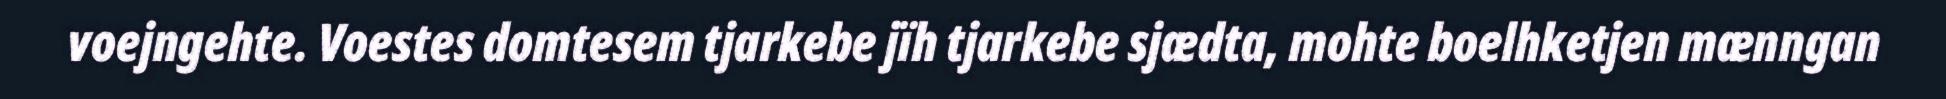
voejngehte. Voestes domtesem tjarkebe jïh tjarkebe sjædta, mohte boelhketjen mænngan